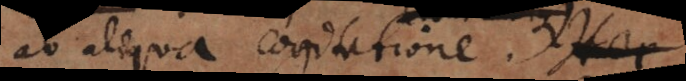
ab aliqua cogitatione. Haec